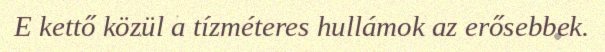
E kettő közül a tízméteres hullámok az erősebbek.